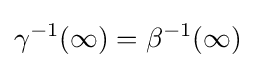
\gamma ^{-1}(\infty )=\beta ^{-1}(\infty )